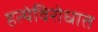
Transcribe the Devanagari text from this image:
हत्येविरोधात